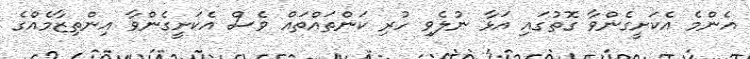
އެންމެ އެކަށީގެންވާ ގޮތުގައި އަޅާ ނުލެވި ހުރި ކަންތައްތައް ވެސް އެކަށީގެންވާ އިންތިޒާމެއްގެ